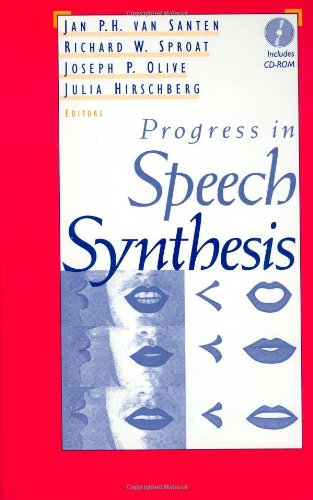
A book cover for Progress in Speech Synthesis; Computers & Technology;